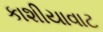
કાશીયાવાટ